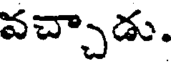
వచ్చాడు.